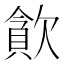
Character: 𣤉